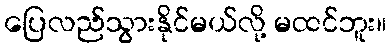
ပြေလည်သွားနိုင်မယ်လို့ မထင်ဘူး။